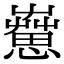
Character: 𦻇